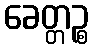
ခေတ္တဉ္စ